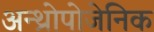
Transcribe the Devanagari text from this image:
अन्थ्रोपोजेनिक